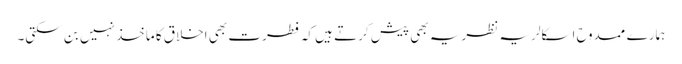
ہمارے ممدوح اسکالر یہ نظریہ بھی پیش کرتے ہیں کہ فطرت بھی اخلاق کا ماخذ نہیں بن سکتی۔